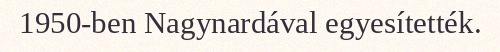
1950-ben Nagynardával egyesítették.